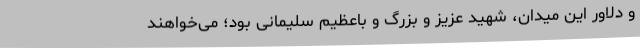
و دلاور این میدان، شهید عزیز و بزرگ و باعظیم سلیمانی بود؛ می‌خواهند